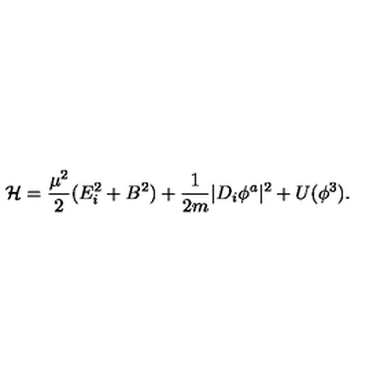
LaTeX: { \cal H } = \frac { \mu ^ { 2 } } { 2 } ( E _ { i } ^ { 2 } + B ^ { 2 } ) + \frac { 1 } { 2 m } | D _ { i } \phi ^ { a } | ^ { 2 } + U ( \phi ^ { 3 } ) .